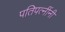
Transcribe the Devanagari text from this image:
पतिपत्नींनी